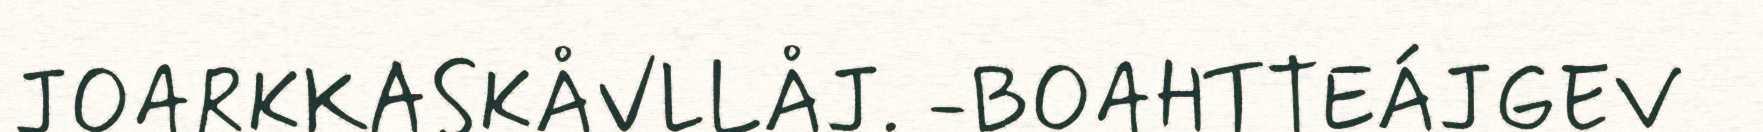
JOARKKASKÅVLLÅJ. -BOAHTTEÁJGEV